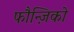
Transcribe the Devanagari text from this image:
फौन्ज़िको